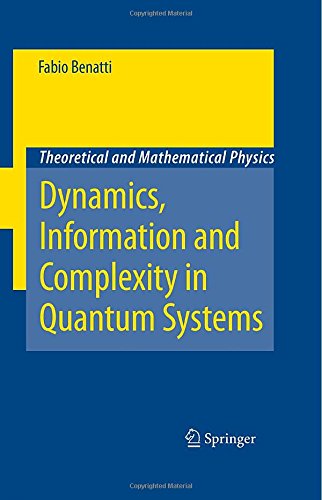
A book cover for Dynamics, Information and Complexity in Quantum Systems (Theoretical and Mathematical Physics); Fabio Benatti; Science & Math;